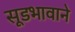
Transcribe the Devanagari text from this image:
सूडभावाने